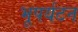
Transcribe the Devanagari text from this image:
भूपर्यटन